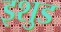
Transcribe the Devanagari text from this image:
इशुड